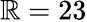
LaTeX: \mathbb{R}=23